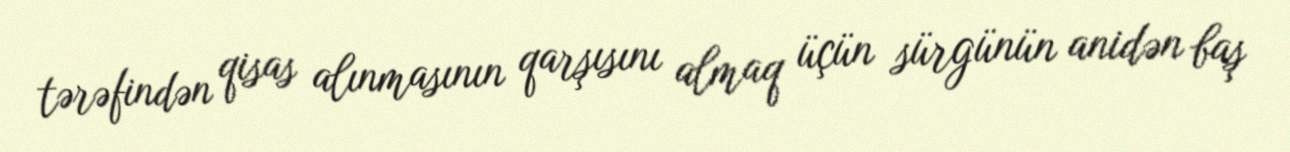
tərəfindən qisas alınmasının qarşısını almaq üçün sürgünün anidən baş